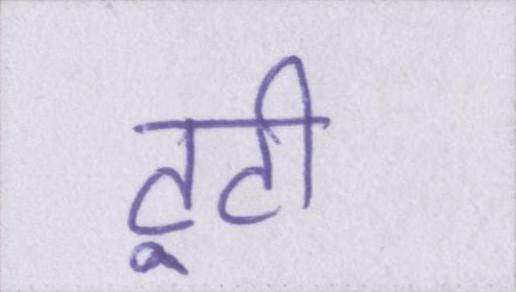
टूटी